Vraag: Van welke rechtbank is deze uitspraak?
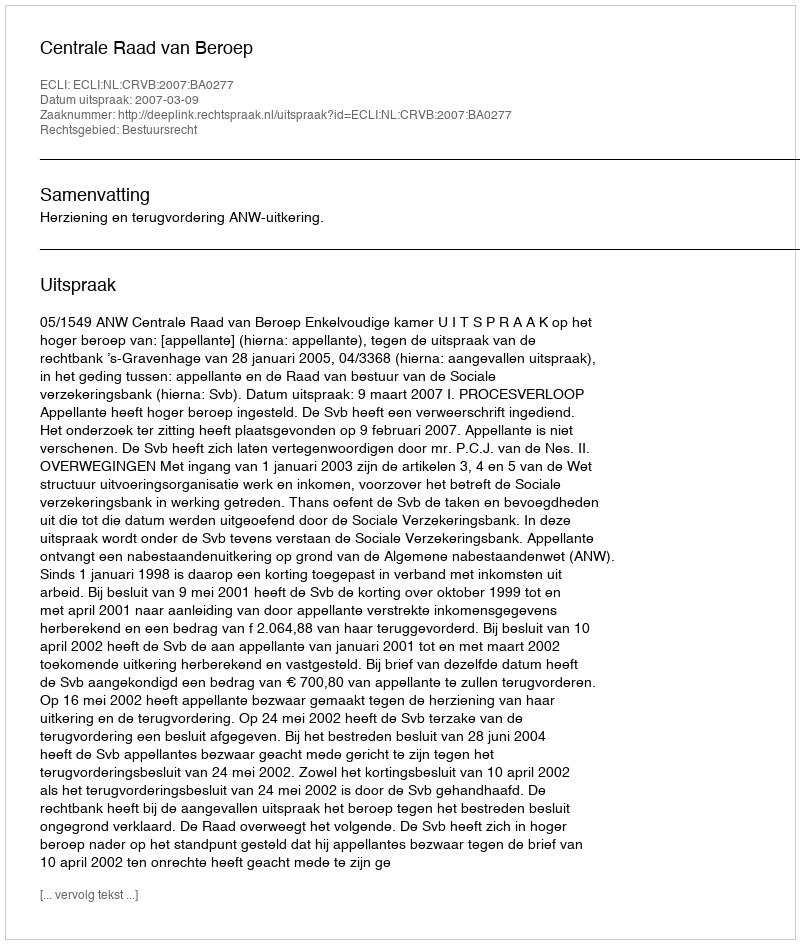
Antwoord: Centrale Raad van Beroep